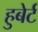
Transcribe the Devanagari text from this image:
हुबेर्ट